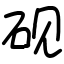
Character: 砚